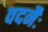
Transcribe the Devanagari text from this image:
वदनैः